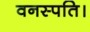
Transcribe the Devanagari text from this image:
वनस्पति।